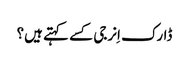
ڈارک اِنرجی کسے کہتے ہیں؟